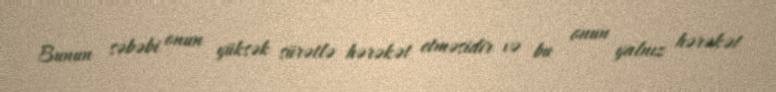
Bunun səbəbi onun yüksək sürətlə hərəkət etməsidir və bu onun yalnız hərəkət